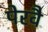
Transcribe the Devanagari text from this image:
पेरवै